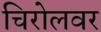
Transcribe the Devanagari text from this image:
चिरोलवर